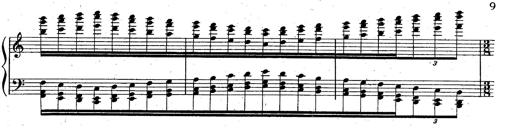
Title: God Save the Queen
Composer: Charles LÃ©on Hess
Key: A major